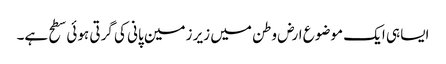
ایسا ہی ایک موضوع ارض وطن میں زیر زمین پانی کی گرتی ہوئی سطح ہے۔